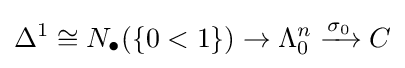
\Delta ^{1}\cong N_{\bullet }(\{0<1\})\rightarrow \Lambda _{0}^{n}\xrightarrow {\sigma _{0}} C